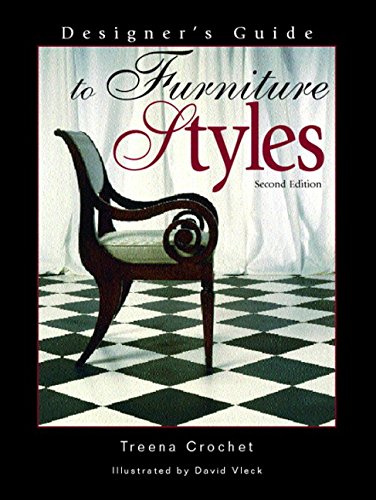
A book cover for Designer's Guide to Furniture Styles (2nd Edition); Treena Crochet; Crafts, Hobbies & Home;